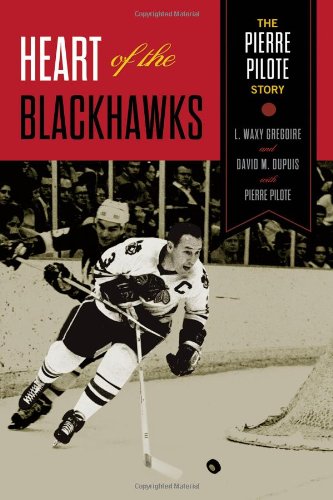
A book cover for Heart of the Blackhawks: The Pierre Pilote Story; Pierre Pilote; Biographies & Memoirs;